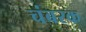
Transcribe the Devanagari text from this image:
चंबरक